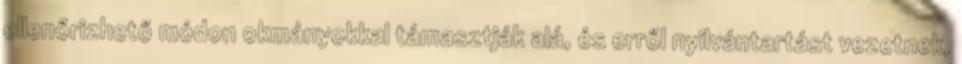
ellenőrizhető módon okmányokkal támasztják alá, és erről nyilvántartást vezetnek,